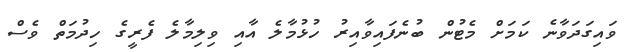
ވައިގަދަވާނެ ކަމަށް މެޓުން ބުނެފައިވާއިރު ހުޅުމާލެ އާއި ވިލިމާލެ ފެރީގެ ހިދުމަތް ވެސް